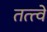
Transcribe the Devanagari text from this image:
तत्‍त्‍वे